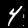
Label: 4